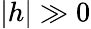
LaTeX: |h|\gg 0